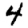
Digit: 4